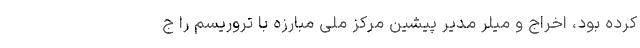
کرده بود، اخراج و میلر مدیر پیشین مرکز ملی مبارزه با تروریسم را ج